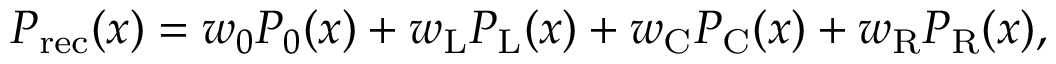
\begin{array} { r } { P _ { \mathrm { r e c } } ( x ) = w _ { 0 } P _ { 0 } ( x ) + w _ { \mathrm { L } } P _ { \mathrm { L } } ( x ) + w _ { \mathrm { C } } P _ { \mathrm { C } } ( x ) + w _ { \mathrm { R } } P _ { \mathrm { R } } ( x ) , } \end{array}